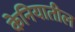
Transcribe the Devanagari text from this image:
केनियातील